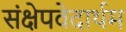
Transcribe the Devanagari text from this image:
संक्षेपवेदार्थम